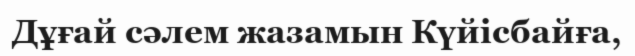
Дұғай сәлем жазамын Күйісбайға,